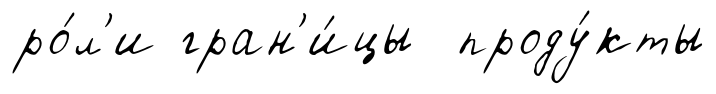
ро́л'и гран'и́цы проду́кты